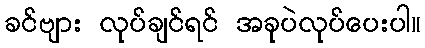
ခင်ဗျား လုပ်ချင်ရင် အခုပဲလုပ်ပေးပါ။